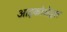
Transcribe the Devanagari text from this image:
आइकोशेड्रल